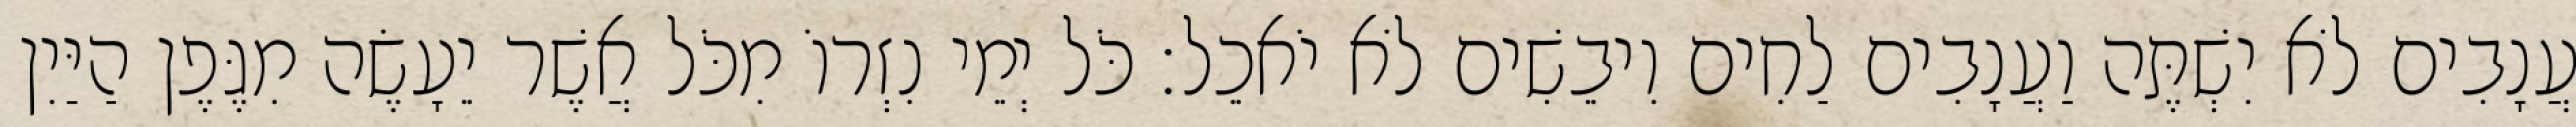
עֲנָבִים לֹא יִשְׁתֶּה וַעֲנָבִים לַחִים וִיבֵשִׁים לֹא יֹאכֵל׃ כֹּל יְמֵי נִזְרוֹ מִכֹּל אֲשֶׁר יֵעָשֶׂה מִגֶּפֶן הַיַּיִן